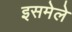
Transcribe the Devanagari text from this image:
इसमेले